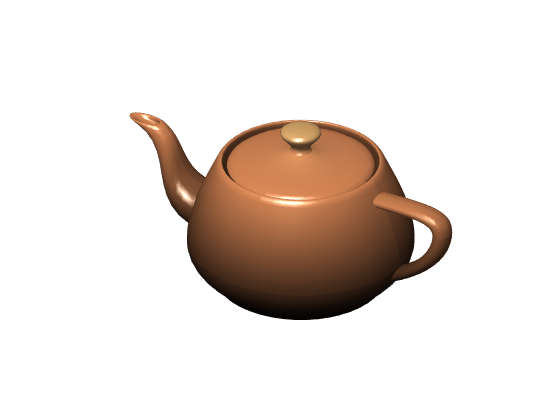
matlab, patch, axis, colormap, light, lighting, material